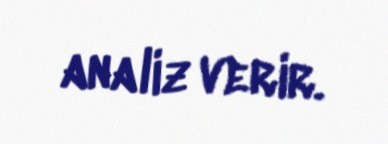
analiz verir.